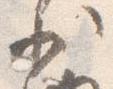
少